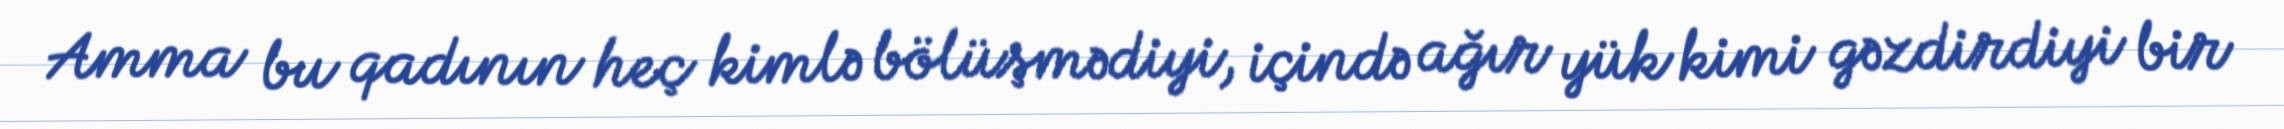
Amma bu qadının heç kimlə bölüşmədiyi, içində ağır yük kimi gəzdirdiyi bir